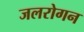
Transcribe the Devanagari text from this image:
जलरोगन